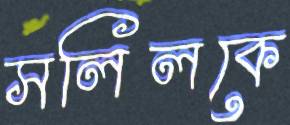
সলিলকে